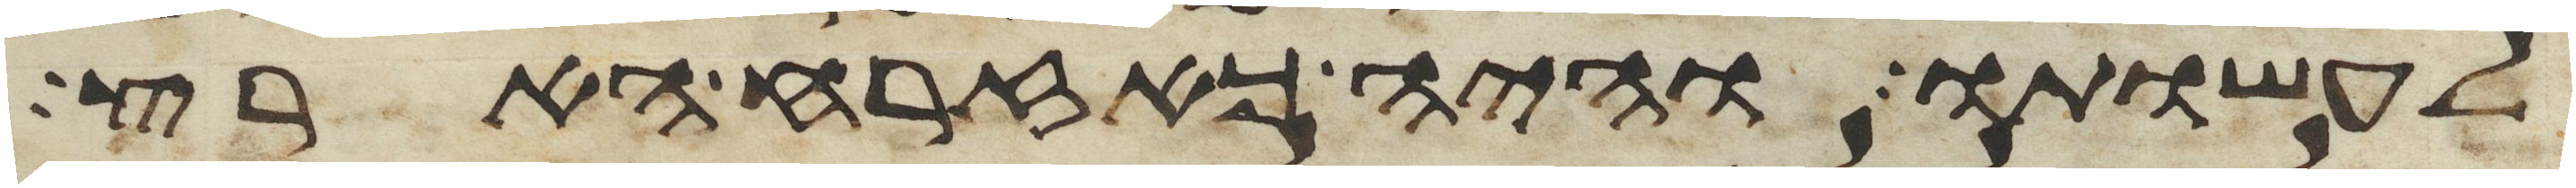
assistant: לעשותו והיה כאזרח הארץ